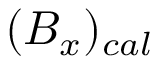
( B _ { x } ) _ { c a l }